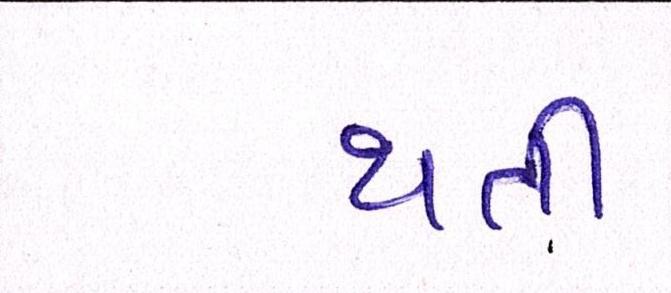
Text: થતી